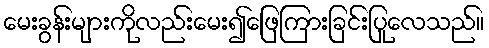
မေးခွန်းများကိုလည်းမေး၍ဖြေကြားခြင်းပြုလေသည်။